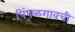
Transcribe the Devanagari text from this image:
पिंपळगावची